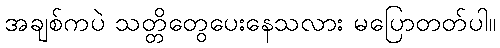
အချစ်ကပဲ သတ္တိတွေပေးနေသလား မပြောတတ်ပါ။